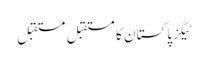
ٹیگزپاکستان کا مستقبل مستقبل